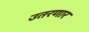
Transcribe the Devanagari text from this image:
उतरणार